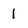
Character: l